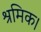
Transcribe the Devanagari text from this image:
श्रमिक।